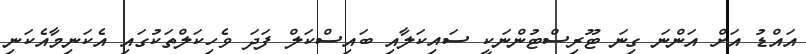
އައްޑު އަށް އަންނަ ގިނަ ޓޫރިސްޓުންނަކީ ސައިކަލާއި ބައިސްކަލް ފަދަ ވެހިކަލްތަކުގައި އެކަނިމާއެކަނި